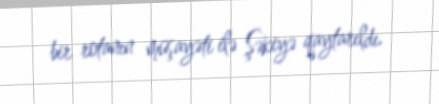
bir rotanın müşayəti ilə Şəkiyə qaytarıldı.